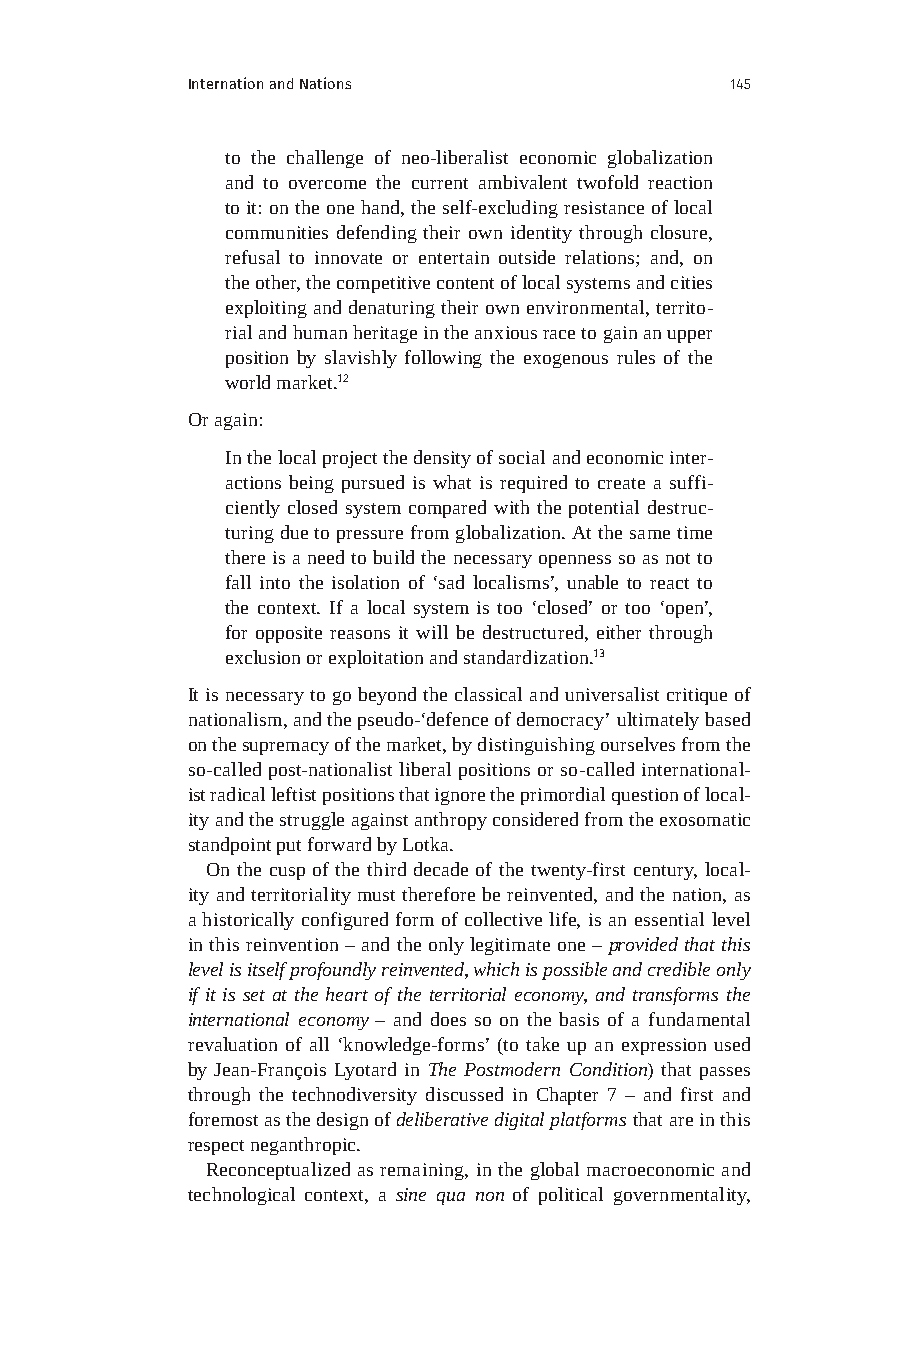
Internation and Nations             145
 to the challenge of neo-liberalist economic globalization
 and to overcome the current ambivalent twofold reaction
 to it: on the one hand, the self-excluding resistance of local
 communities defending their own identity through closure,
 refusal to innovate or entertain outside relations; and, on
 the other, the competitive content of local systems and cities
 exploiting and denaturing their own environmental, territo-
 rial and human heritage in the anxious race to gain an upper
 position by slavishly following the exogenous rules of the
 world market.12
 Or again:
 In the local project the density of social and economic inter-
 actions being pursued is what is required to create a suffi-
 ciently closed system compared with the potential destruc-
 turing due to pressure from globalization. At the same time
 there is a need to build the necessary openness so as not to
 fall into the isolation of ‘sad localisms’, unable to react to
 the context. If a local system is too ‘closed’ or too ‘open’,
 for opposite reasons it will be destructured, either through
 exclusion or exploitation and standardization.13
 It is necessary to go beyond the classical and universalist critique of
 nationalism, and the pseudo-‘defence of democracy’ ultimately based
 on the supremacy of the market, by distinguishing ourselves from the
 so-called post-nationalist liberal positions or so-called international-
 ist radical leftist positions that ignore the primordial question of local-
 ity and the struggle against anthropy considered from the exosomatic
 standpoint put forward by Lotka.
 On the cusp of the third decade of the twenty-first century, local-
 ity and territoriality must therefore be reinvented, and the nation, as
 a historically configured form of collective life, is an essential level
 in this reinvention – and the only legitimate one – provided that this
 level is itself profoundly reinvented, which is possible and credible only
 if it is set at the heart of the territorial economy, and transforms the
 international economy – and does so on the basis of a fundamental
 revaluation of all ‘knowledge-forms’ (to take up an expression used
 by Jean-François Lyotard in The Postmodern Condition) that passes
 through the technodiversity discussed in Chapter 7 – and first and
 foremost as the design of deliberative digital platforms that are in this
 respect neganthropic.
 Reconceptualized as remaining, in the global macroeconomic and
 technological context, a sine qua non of political governmentality,